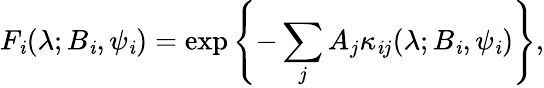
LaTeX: F_{\mathit{i}}(\lambda;B_{\mathit{i}},\psi_{\mathit{i}})=\exp\left\{ -\sum_{j}A_{j}\kappa_{\mathit{i}j}(\lambda;B_{\mathit{i}},\psi_{\mathit{i}})\right\} ,